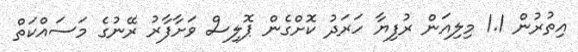
އިތުރުން 1.1 މިލިއަން ރުފިޔާ ހަރަދު ކޮށްގެން ޕޮލިސް ވަށާފާރު ރޭނުގެ މަސައްކަތް